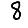
Digit: 8